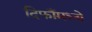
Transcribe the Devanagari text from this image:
दिफाँमध्ये